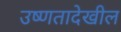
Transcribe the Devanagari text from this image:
उष्णतादेखील